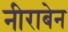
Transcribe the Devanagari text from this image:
नीराबेन